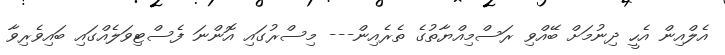
އެލްއިން އެހީ ދިނުމަށް ބޭއްވި ރަސްމިއްޔާތުގެ ތެރެއިން--- މިސްރުގައި އޮންނަ ފެސްޓިވަލެއްގައި ބައިވެރިވާ